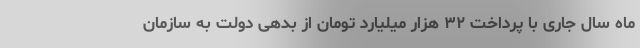
ماه سال جاری با پرداخت ۳۲ هزار میلیارد تومان از بدهی دولت به سازمان